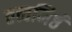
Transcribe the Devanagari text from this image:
तत्त्वनिष्ठं